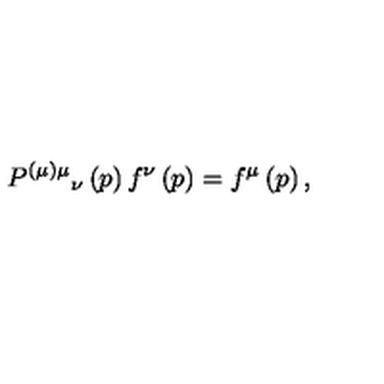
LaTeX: P ^ { ( \mu ) \mu } { } _ { \nu } \left( p \right) f ^ { \nu } \left( p \right) = f ^ { \mu } \left( p \right) ,